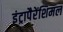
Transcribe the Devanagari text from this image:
इंट्रापैरेंशिमल